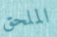
الملحق